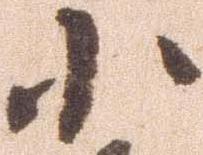
小